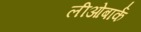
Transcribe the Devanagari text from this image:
लीओबार्क